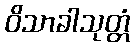
ဝိသာခါသုတ္တံ